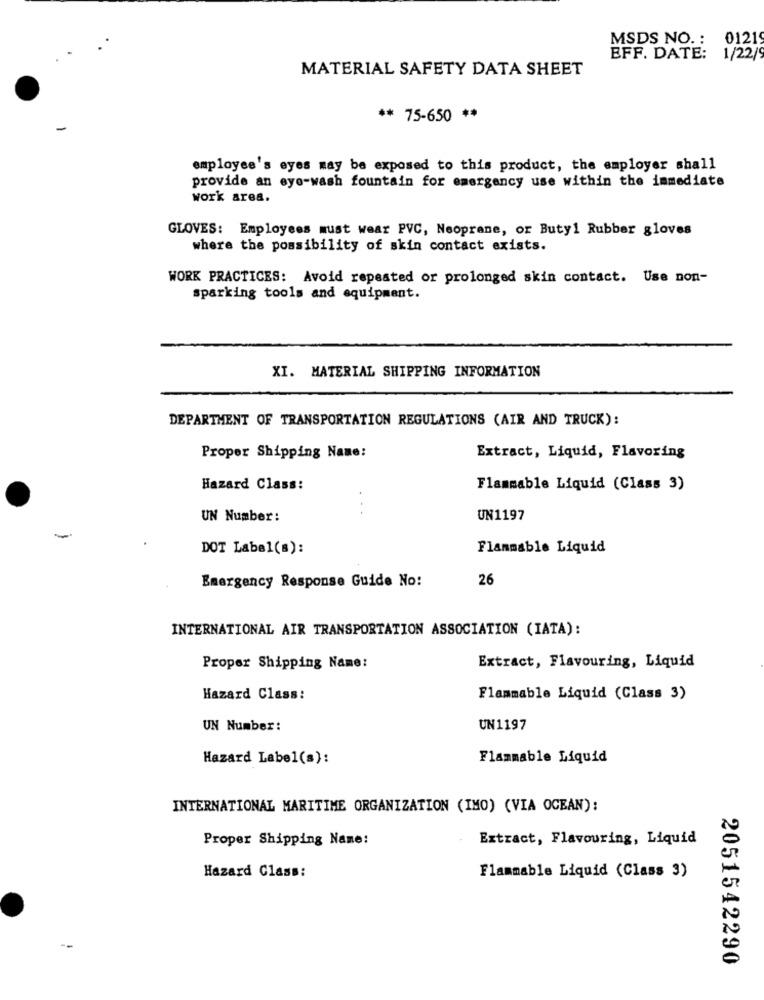
MSDS NO. : 01219
EFF. DATE: 1/22/
MATERIAL SAFETY DATA SHEET
** 75-650 **
employee's eyes may be exposed to this product, the employer shall
provide an eye-wash fountain for emergency use within the immediate
work area.
GLOVES: Employees must wear PVC, Neoprene, or Butyl Rubber gloves
where the possibility of skin contact exists.
WORK PRACTICES: Avoid repeated or prolonged skin contact. Use non-
sparking tools and equipment.
XI. MATERIAL SHIPPING INFORMATION
DEPARTMENT OF TRANSPORTATION REGULATIONS (AIR AND TRUCK):
Proper Shipping Name:
Extract, Liquid, Flavoring
Hazard Class:
Flammable Liquid (Class 3)
UN Number:
UN1197
DOT Label(s):
Flammable Liquid
26
Emergency Response Guide No:
INTERNATIONAL AIR TRANSPORTATION ASSOCIATION (IATA):
Proper Shipping Name:
Extract, Flavouring, Liquid
Hazard Class:
Flammable Liquid (Class 3)
UN Number:
UN1197
Hazard Label(s):
Flammable Liquid
INTERNATIONAL MARITIME ORGANIZATION (IMO) (VIA OCEAN):
Proper Shipping Name:
Extract, Flavouring, Liquid
Hazard Class:
Flammable Liquid (Class 3)
2051542290